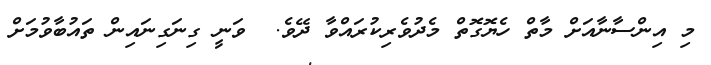
މި އިންސާނާއަށް މާތް ހެޔޮގޮތް މެދުވެރިކުރައްވާ ދޭވެ.  ވަނީ ގިނަގިނައިން ތައުބާވުމަށް